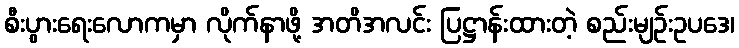
စီးပွားရေးလောကမှာ လိုက်နာဖို့ အတိအလင်း ပြဋ္ဌာန်းထားတဲ့ စည်းမျဉ်းဥပဒေ၊